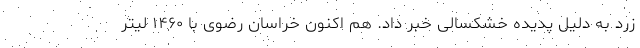
زرد به دلیل پدیده خشکسالی خبر داد. هم اکنون خراسان رضوی با ۱۴۶۰ لیتر